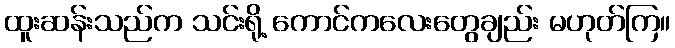
ထူးဆန်းသည်က သင်းရို့ ကောင်ကလေးတွေချည်း မဟုတ်ကြ။